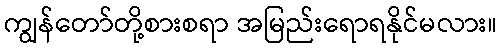
ကျွန်တော်တို့စားစရာ အမြည်းရောရနိုင်မလား။